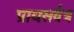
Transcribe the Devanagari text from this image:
प्रायःसर्वत्र